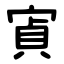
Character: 寊